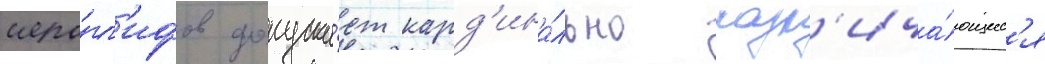
иеро́гл'ифов допуска́ет кард'ина́льно разл'ича́ющиес'я